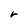
Character: V